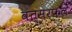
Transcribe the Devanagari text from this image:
वत्सरफलं